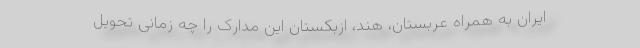
ایران به همراه عربستان، هند، ازبکستان این مدارک را چه زمانی تحویل